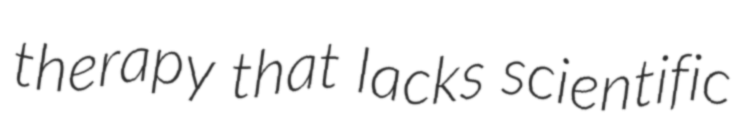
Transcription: therapy that lacks scientific